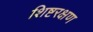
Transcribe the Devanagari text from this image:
शिष्टरक्षण